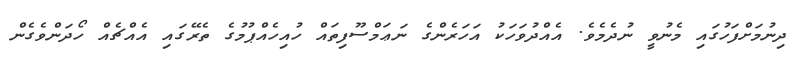
ދިނުމަށްފަހުގައި މެނުވީ ނުދެމެވެ. އެއްދުވަހަކު އަހަރެންގެ ނަޢަމްސޫފިތައް ހުއިހެއްޕުމުގެ ތެރޭގައި އެއްޗެއް ހޯދަންވެގެން